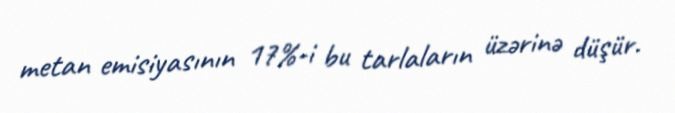
metan emisiyasının 17%-i bu tarlaların üzərinə düşür.